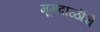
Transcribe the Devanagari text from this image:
मूगदाळीचे